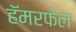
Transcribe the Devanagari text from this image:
हॅमरफेल